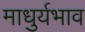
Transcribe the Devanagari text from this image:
माधुर्यभाव